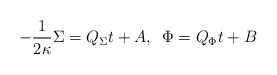
\begin{align*}-{1 \over 2 \kappa} \Sigma = Q_\Sigma t + A, \,\,\, \Phi = Q_\Phi t + B\end{align*}